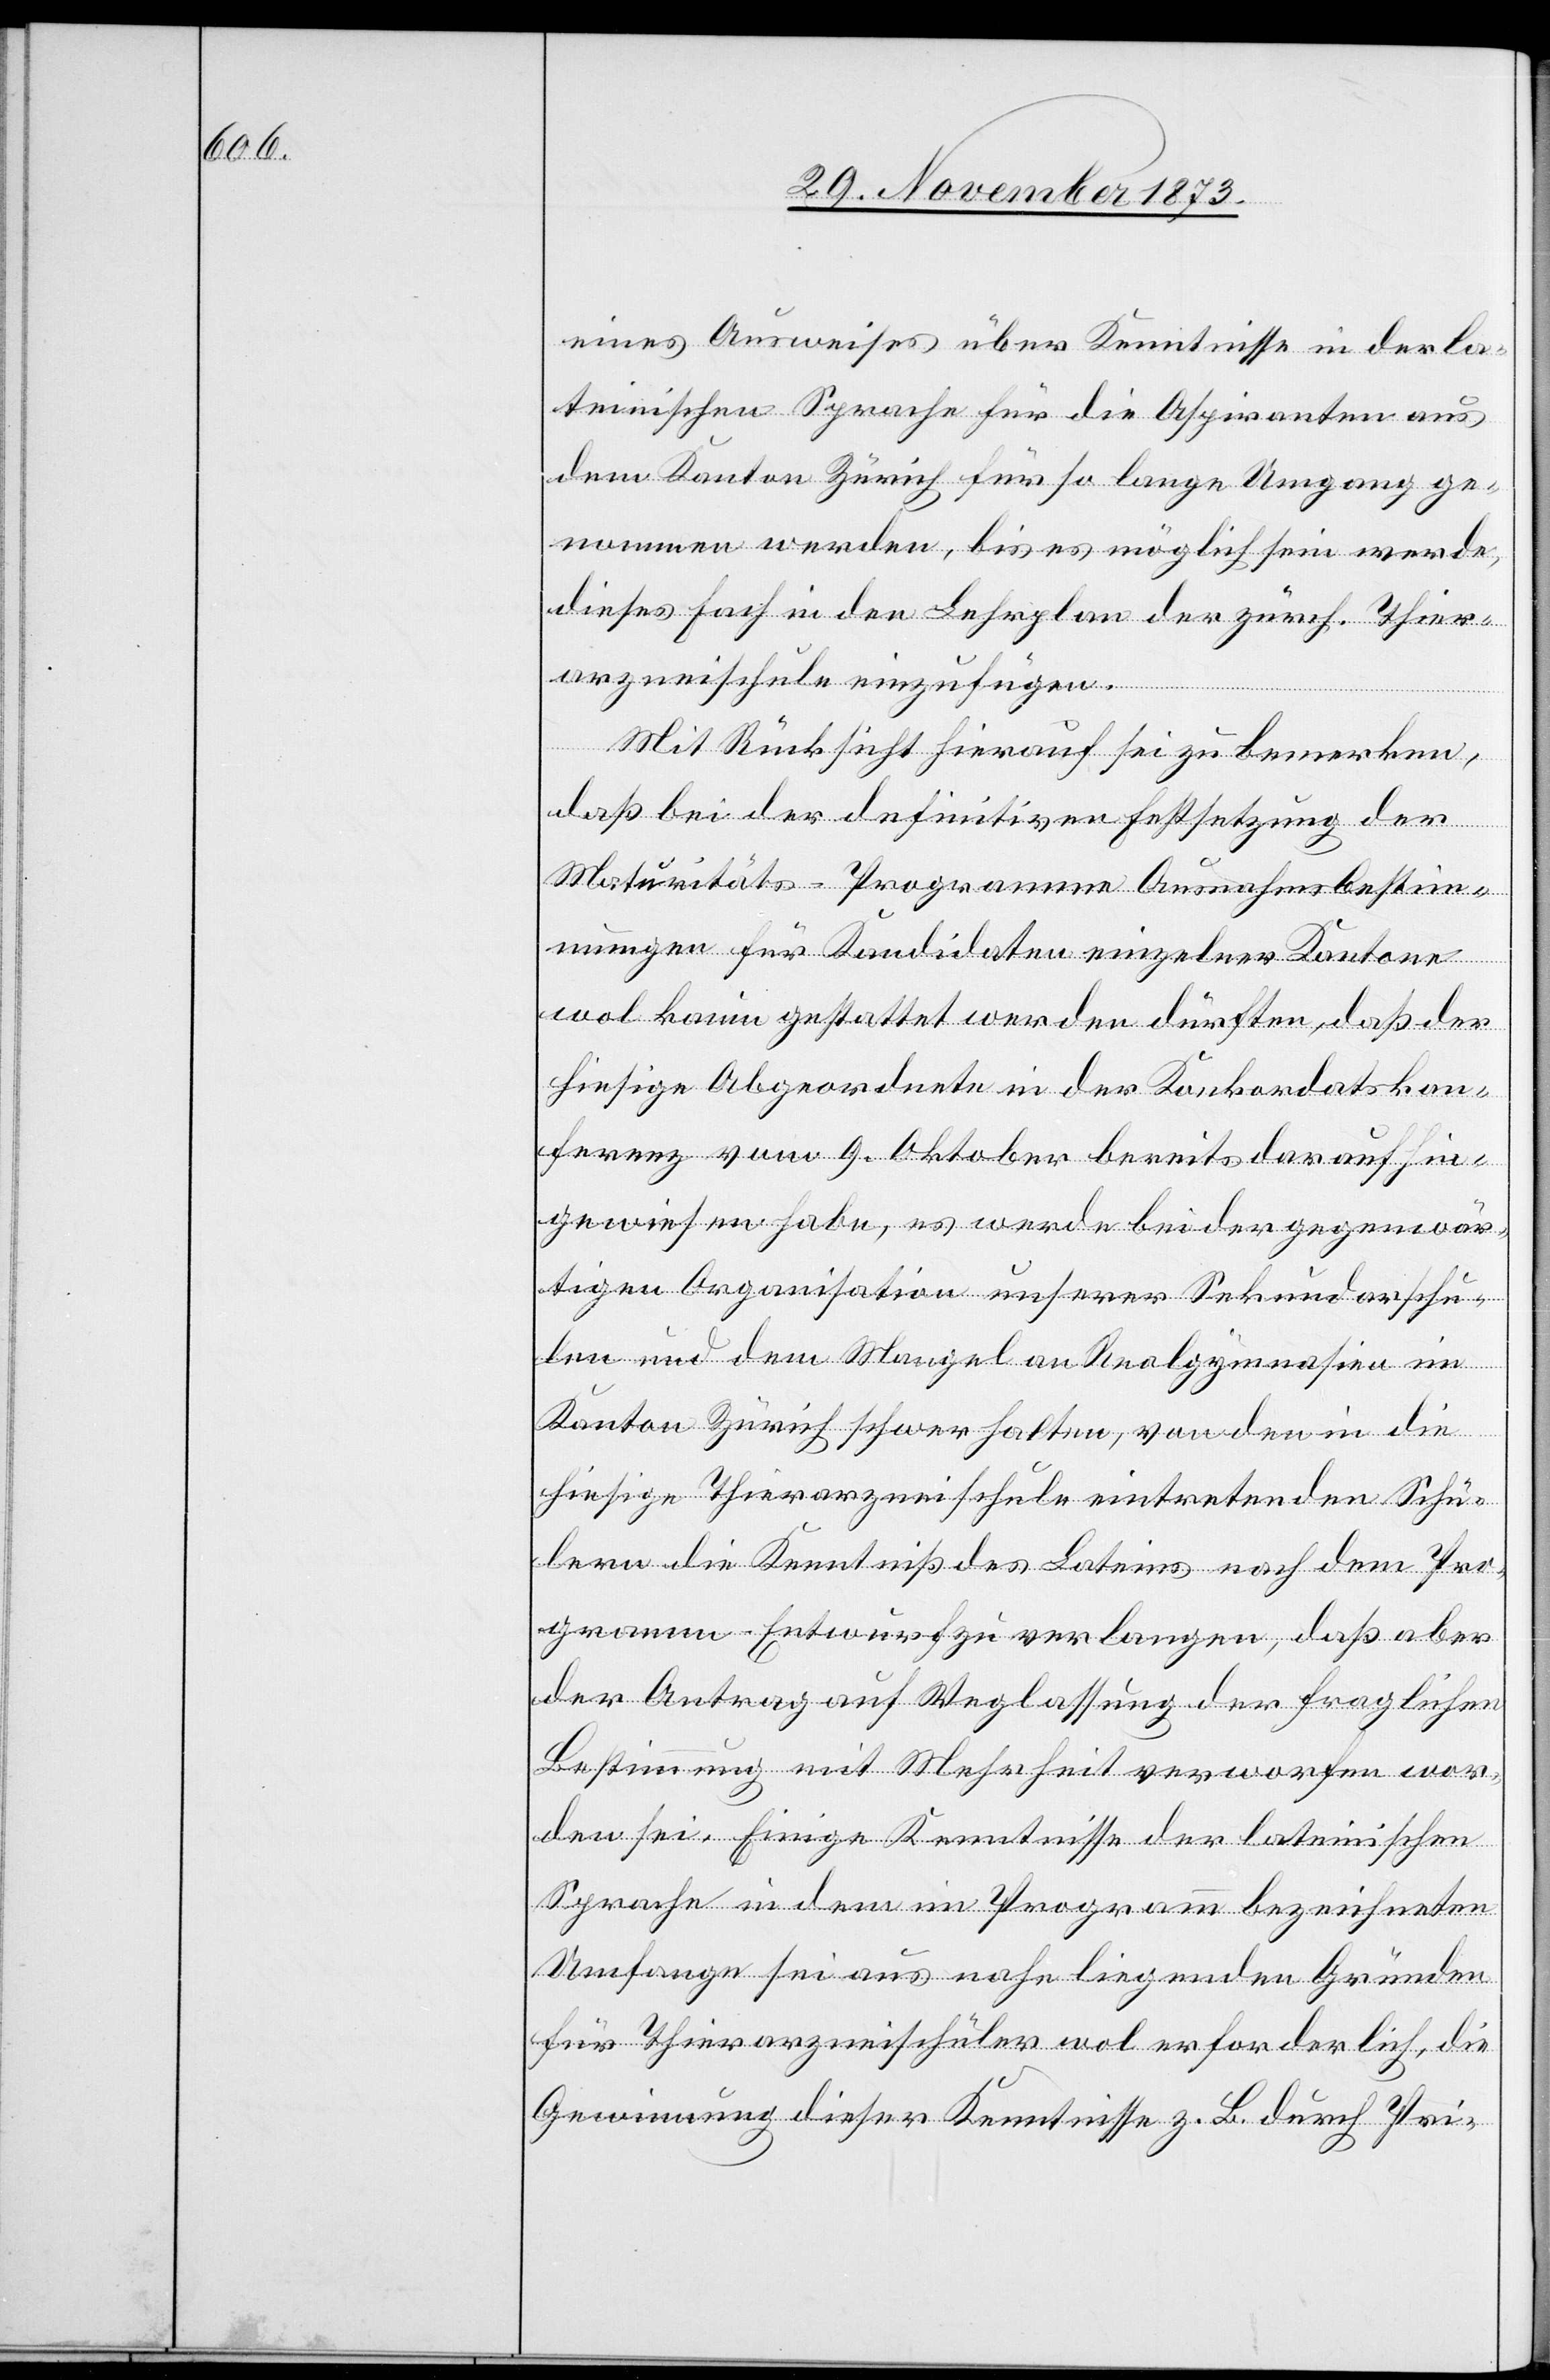
eines Ausweises über Kenntnisse in der la¬
teinischen Sprache für die Aspiranten aus
dem Kanton Zürich für so lange Umgang ge¬
nommen werden, bis es möglich sein werde,
dieses Fach in den Lehrplan der zürch. Thier¬
arzneischule einzufügen.
Mit Rücksicht hierauf sei zu bemerken,
daß bei der definitiven Festsetzung der
Maturitäts-Programme Ausnahmsbestim¬
mungen für Kandidaten einzelner Kantone
wol kaum gestattet werden dürften, daß der
hiesigen Abgeordnete in der Konkordatskon¬
ferenz vom 9. Oktober bereits darauf hin¬
gewiesen habe, es werde bei der gegenwär¬
tigen Organisation unserer Sekundarschu¬
len und dem Mangel an Realgymnasien im
Kanton Zürich schwer halten, von den in die
hiesige Thierarzneischule eintretenden Schü¬
lern die Kenntniß des Lateins nach dem Pro¬
gramm-Entwurf zu verlangen, daß aber
der Antrag auf Weglassung der fraglichen
Bestimmung mit Mehrheit verworfen wor¬
den sei. Einige Kenntnisse der lateinischen
Sprache in dem im Programm bezeichneten
Umfange sei aus nahe liegenden Gründen
für Thierarzneischüler wol erforderlich, die
Gewinnung dieser Kenntnisse z. B. durch Pri-